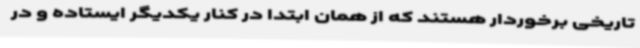
تاریخی برخوردار هستند که از همان ابتدا در کنار یکدیگر ایستاده و در